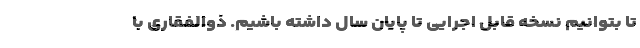
تا بتوانیم نسخه قابل اجرایی تا پایان سال داشته باشیم. ذوالفقاری با